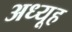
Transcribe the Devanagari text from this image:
अध्यूह